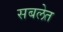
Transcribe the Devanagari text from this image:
सबलेत